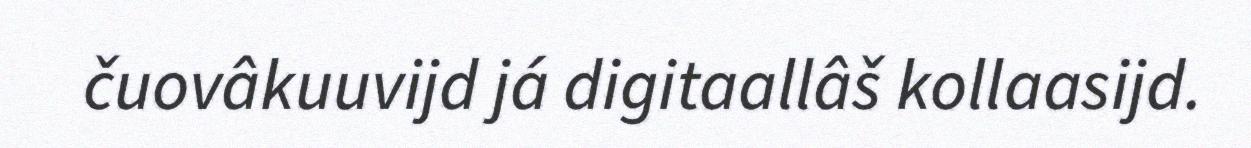
čuovâkuuvijd já digitaallâš kollaasijd.